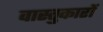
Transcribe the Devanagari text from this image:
वास्‍तुकारों